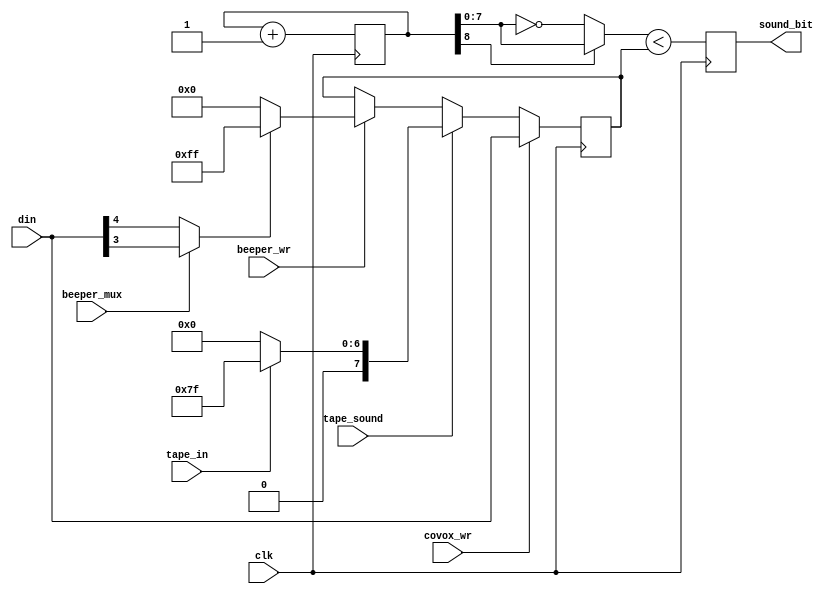
module sound
(
  input  wire       clk,

  input  wire [7:0] din,

  input  wire       beeper_wr,
  input  wire       covox_wr,

  input  wire       beeper_mux, // output either tape_out or beeper
  input  wire       tape_sound,
  input  wire       tape_in,

  output reg        sound_bit
);

  reg [7:0] val = 0;

// port writes
  always @(posedge clk)
    if (covox_wr)
      val <= din;
    else if (tape_sound)
      val <= tape_in ? 8'h7F : 8'h00;
    else if (beeper_wr)
      val <= (beeper_mux ? din[3] : din[4]) ? 8'hFF : 8'h00;

`ifdef SDM
// SD modulator
  reg [7:0] ctr = 0;

  wire gte = val >= ctr;

  always @(posedge clk)
  begin
    sound_bit <= gte;
    ctr <= {8{gte}} - val + ctr;
  end

`else
// PWM generator
  reg [8:0] ctr = 0;

  wire phase = ctr[8];
  wire [7:0] saw = ctr[7:0];

  always @(posedge clk)    // 28 MHz strobes, Fpwm = 54.7 kHz (two semi-periods)
  begin
    sound_bit <= ((phase ? saw : ~saw) < val);
    ctr <= ctr + 9'b1;
  end
`endif
endmodule